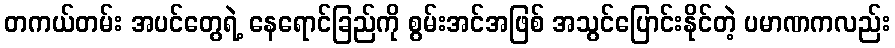
တကယ်တမ်း အပင်တွေရဲ့ နေရောင်ခြည်ကို စွမ်းအင်အဖြစ် အသွင်ပြောင်းနိုင်တဲ့ ပမာဏကလည်း